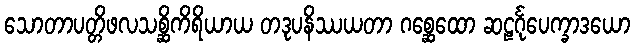
သောတာပတ္တိဖလသစ္ဆိကိရိယာယ တဒုပနိဿယတာ ဂစ္ဆေထော ဆဠင်္ဂုပေက္ခာဒယော